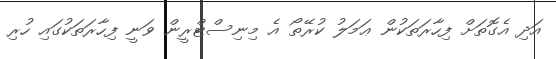
އަދި އެގޮތަށް ފިހާރަތަކުން ޢަމަލު ކުރޭތޯ އެ މިނިސްޓްރީން ވަނީ ފިހާރަތަކުގައި ހުރި